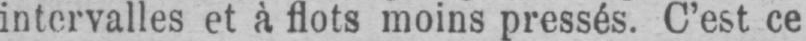
intervalles et à flots moins pressés. C’est ce